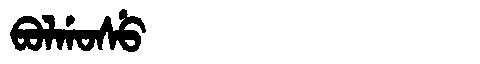
Manchu: ᠪᠣᠯᡤᠣᠰᡠ
Romanization: BOLGOSU